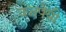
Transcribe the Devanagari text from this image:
वजपेयी